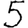
Digit: 5